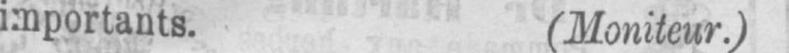
importants. (Moniteur.)